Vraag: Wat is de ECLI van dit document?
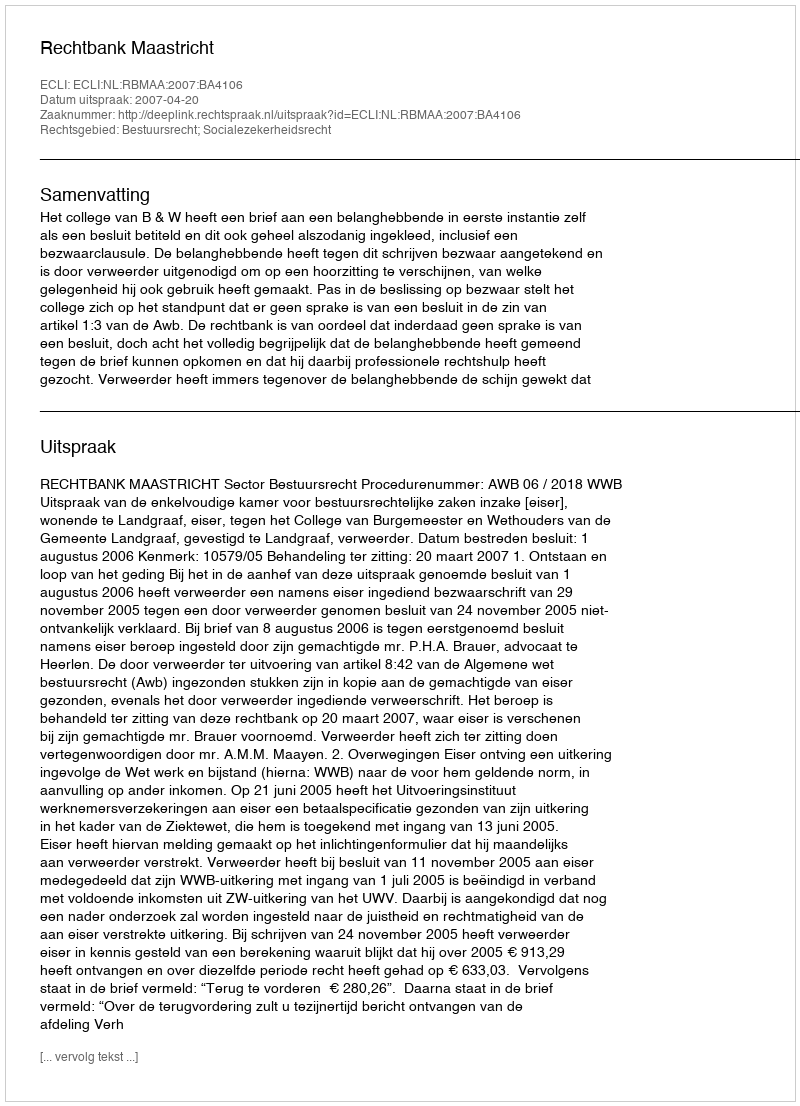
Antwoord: ECLI:NL:RBMAA:2007:BA4106